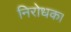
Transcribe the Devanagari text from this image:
निरोधक।